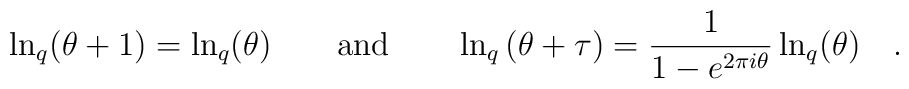
\ln _{q}(\theta +1)=\ln _{q}(\theta )\qquad \hbox{and}\qquad \ln _{q}\left(\theta +\tau \right) =\frac{1}{1-e^{2\pi i\theta }}\ln _{q}(\theta )\quad .